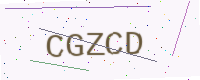
Text: CGZCD